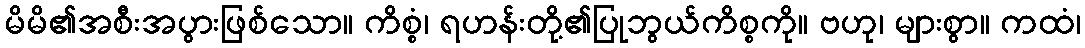
မိမိ၏အစီးအပွားဖြစ်သော။ ကိစ္စံ၊ ရဟန်းတို့၏ပြုဘွယ်ကိစ္စကို။ ဗဟု၊ များစွာ။ ကထံ၊